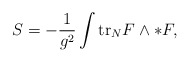
\begin{align*}S=-\frac{1}{g^2}\int\mbox{tr}_NF\wedge *F,\end{align*}